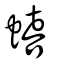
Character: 蟢